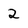
Character: 2